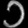
Digit: ၁